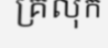
គ្រលុក